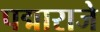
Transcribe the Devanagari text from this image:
पद्माराजे